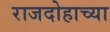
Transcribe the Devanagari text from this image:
राजदोहाच्या